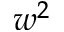
w ^ { 2 }